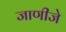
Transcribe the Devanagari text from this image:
जाणीजे